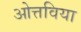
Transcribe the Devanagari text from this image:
ओत्तविया